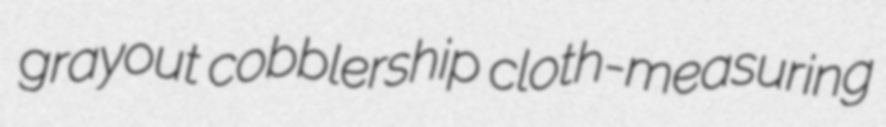
grayout cobblership cloth-measuring